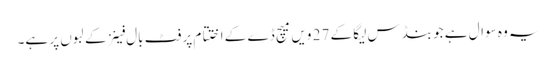
یہ وہ سوال ہے جو بنڈس لیگا کے 27 ویں میچ ڈے کے اختتام پر فٹ بال فینز کے لبوں پر ہے۔